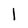
Character: I